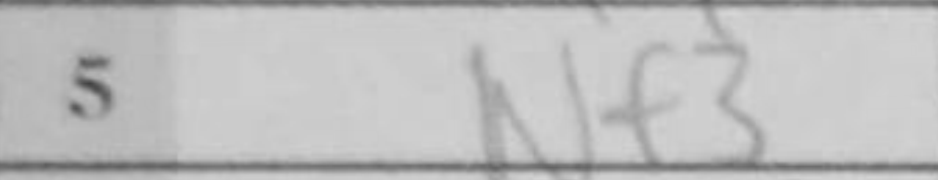
Transcription: Nf3